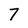
Character: 7